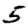
Digit: 5